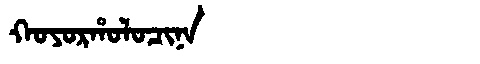
Manchu: ᡴᠣᠶᠣᡵᡥᠣᠯᠣᠴᡳᠨᠠ
Romanization: KOYORHOLOCINA